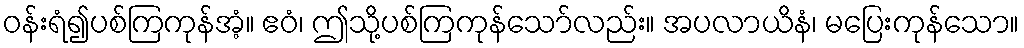
ဝန်းရံ၍ပစ်ကြကုန်အံ့။ ဧဝံ၊ ဤသို့ပစ်ကြကုန်သော်လည်း။ အပလာယိနံ၊ မပြေးကုန်သော။